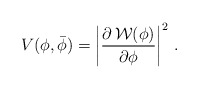
\begin{align*}V(\phi , \bar\phi) = \left| \frac{\partial \,{\cal W}(\phi)}{\partial \phi}\right|^2\, .\end{align*}